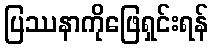
ပြဿနာကိုဖြေရှင်းရန်